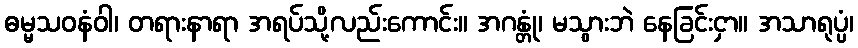
ဓမ္မသဝနံဝါ၊ တရားနာရာ အရပ်သို့လည်းကောင်း။ အဂန္တုံ၊ မသွားဘဲ နေခြင်းငှာ။ အသာရုပ္ပံ၊